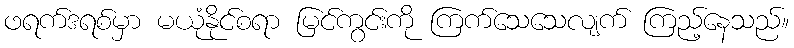
ဖရက်ဒရစ်မှာ မယုံနိုင်စရာ မြင်ကွင်းကို ကြက်သေသေလျက် ကြည့်နေသည်။